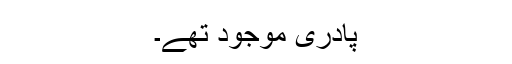
پادری موجود تھے۔